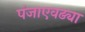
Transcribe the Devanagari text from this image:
पंजाएवढ्या